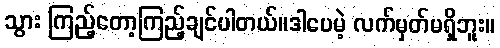
သွား ကြည့်တော့ကြည့်ချင်ပါတယ်။ဒါပေမဲ့ လက်မှတ်မရှိဘူး။